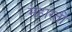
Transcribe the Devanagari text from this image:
महारती